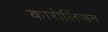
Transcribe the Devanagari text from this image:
कारोलिंजन